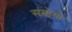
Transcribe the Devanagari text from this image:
संयोगो